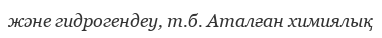
және гидрогендеу, т.б. Аталған химиялық